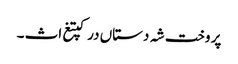
پر وخت شہ دستاں درکپتغ اث ۔